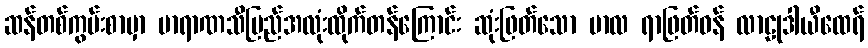
ဆန်တစ်ကွမ်းစာမှာ ဗာရာဏသီပြည်အလုံးထိုက်တန်ကြောင်း ဆုံးဖြတ်သော ဗာလ ရာဖြတ်ဝန် လာဠုဒါယီထေရ်